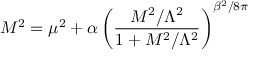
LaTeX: M ^ { 2 } = \mu ^ { 2 } + \alpha \left( \frac { M ^ { 2 } / \Lambda ^ { 2 } } { 1 + M ^ { 2 } / \Lambda ^ { 2 } } \right) ^ { \beta ^ { 2 } / 8 \pi }